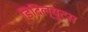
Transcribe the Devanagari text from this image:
डिदिल्युटस